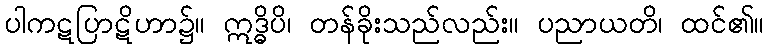
ပါကဋပြာဋိဟာ၌။ ဣဒ္ဓိပိ၊ တန်ခိုးသည်လည်း။ ပညာယတိ၊ ထင်၏။